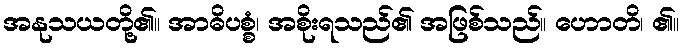
အနုသယတို့၏။ အာဓိပစ္စံ၊ အစိုးရသည်၏ အဖြစ်သည်။ ဟောတိ၊ ၏။